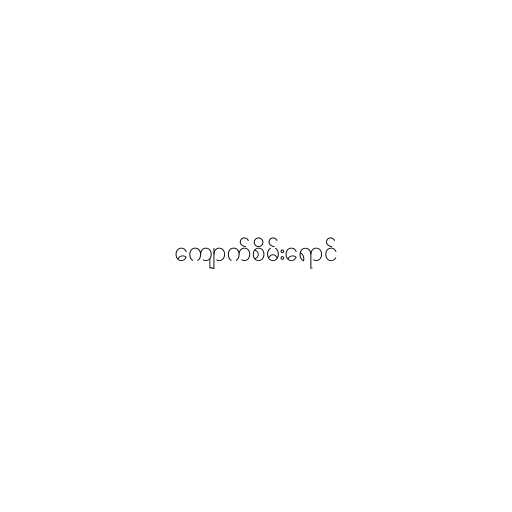
ကျောက်စိမ်းရောင်